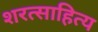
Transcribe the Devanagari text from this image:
शरत्साहित्य